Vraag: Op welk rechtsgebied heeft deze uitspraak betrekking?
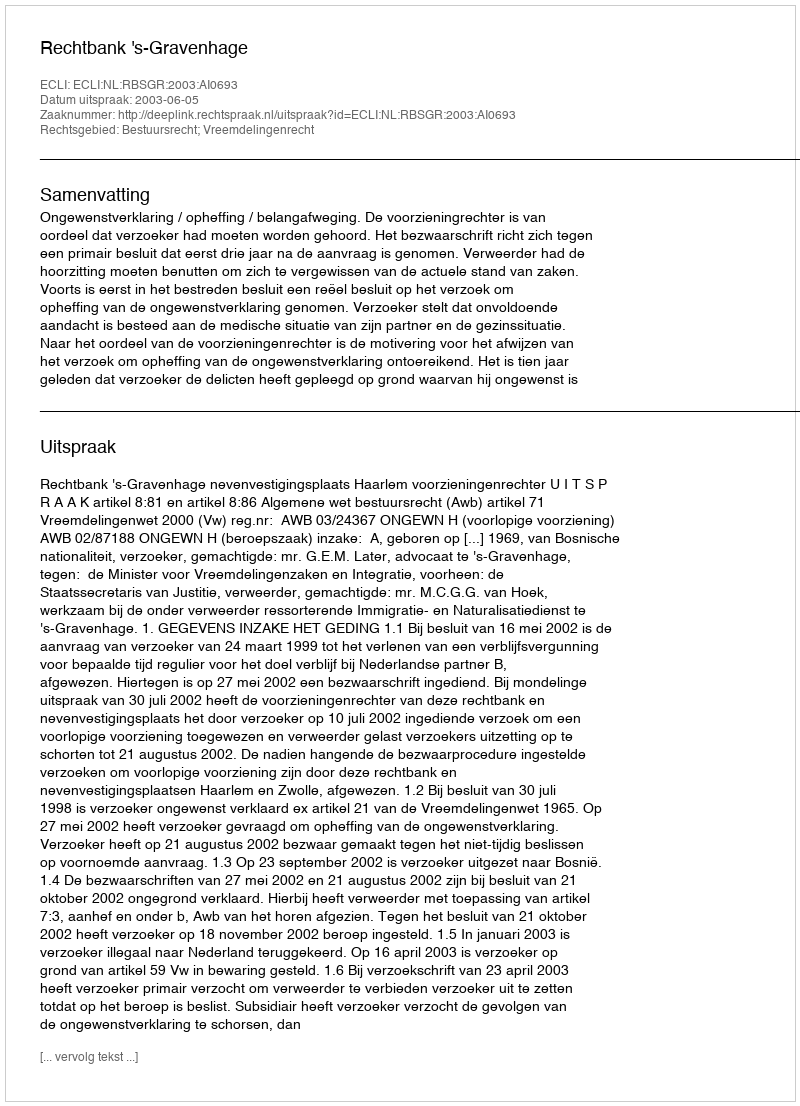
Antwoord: Bestuursrecht; Vreemdelingenrecht